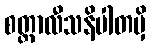
စတ္တာလီသနိပါတမှိ